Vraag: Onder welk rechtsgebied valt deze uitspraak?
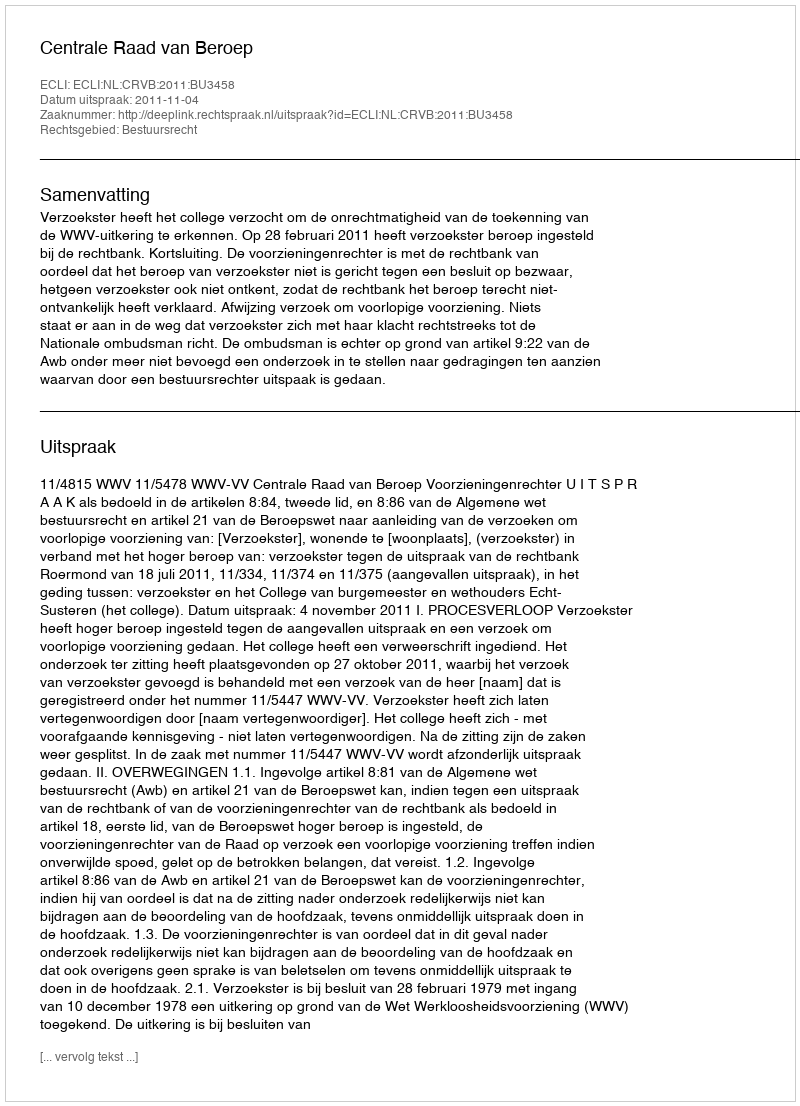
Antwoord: Bestuursrecht